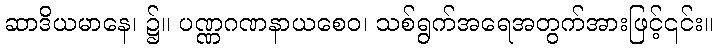
ဆာဒိယမာနေ၊ ၌။ ပဏ္ဏဂဏနာယစေဝ၊ သစ်ရွက်အရေအတွက်အားဖြင့်၎င်း။